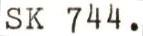
SK 744.